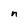
Character: n